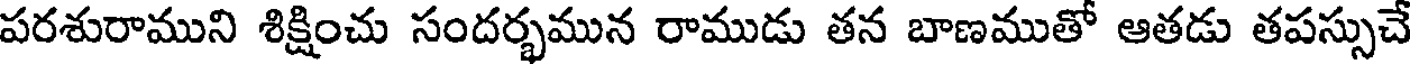
పరశురాముని శిక్షించు సందర్భమున రాముడు తన బాణముతో ఆతడు తపస్సుచే